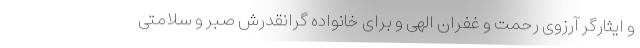
و ایثارگر آرزوی رحمت و غفران الهی و برای خانواده گرانقدرش صبر و سلامتی